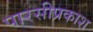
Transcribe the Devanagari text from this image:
पारसीप्रकाश